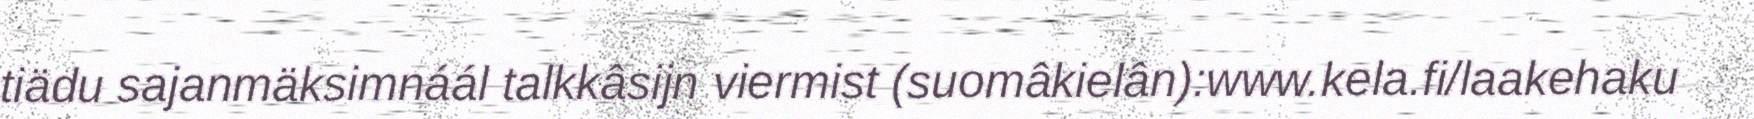
tiädu sajanmäksimnáál talkkâsijn viermist (suomâkielân):www.kela.fi/laakehaku